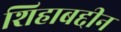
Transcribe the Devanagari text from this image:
शिहाबद्दीन